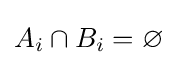
A_{i}\cap B_{i}=\varnothing